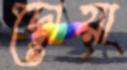
দোয়া